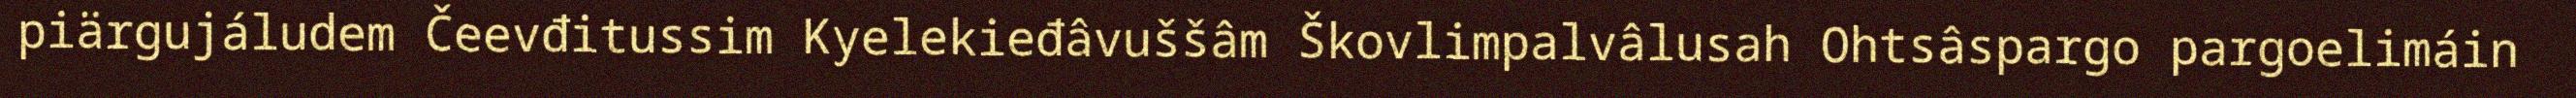
piärgujáludem Čeevđitussim Kyelekieđâvuššâm Škovlimpalvâlusah Ohtsâspargo pargoelimáin